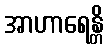
အာဟာရေန္တိ